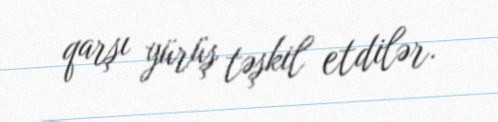
qarşı yürüş təşkil etdilər.